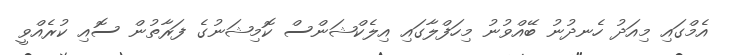
އެމްގައި މިއަދު ހެނދުނު ބޭއްވުނު މިހަފްލާގައި އިލެކްޝަންސް ކޮމިޝަނުގެ ފަރާތުން ސޮއި ކުރެއްވީ